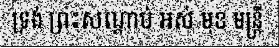
ទ្រង់ ព្រះសណ្តាប់ អស់ មុខ មន្ត្រី